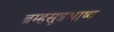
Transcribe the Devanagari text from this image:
ब्रम्हसूत्रभाष्य